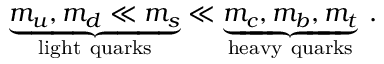
\underbrace { m _ { u } , m _ { d } \ll m _ { s } } _ { \mathrm { l i g h t ~ q u a r k s } } \ll \underbrace { m _ { c } , m _ { b } , m _ { t } } _ { \mathrm { h e a v y ~ q u a r k s } } \; .